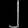
Digit: ၂